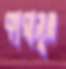
কারাসূত্র